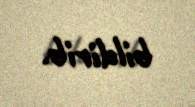
bildirib.